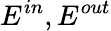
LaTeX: E^{in},E^{out}